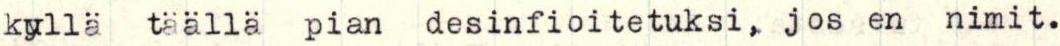
kyllä täällä pian desinfioitetuksi, jos en nimit.